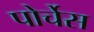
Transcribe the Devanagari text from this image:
पोर्चेस